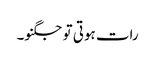
رات ہوتی تو جگنو۔